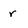
Character: r